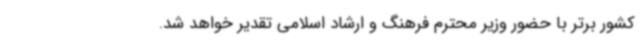
کشور برتر با حضور وزیر محترم فرهنگ و ارشاد اسلامی تقدیر خواهد شد.